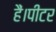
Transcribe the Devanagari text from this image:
हैं।पीटर